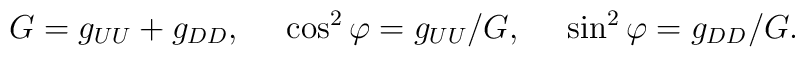
G=g_{UU}+g_{DD}, \ \ \ \ \cos^2\varphi =g_{UU}/G, \ \ \ \ \sin^2\varphi =g_{DD}/G.